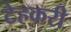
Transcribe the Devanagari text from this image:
टेहकरी